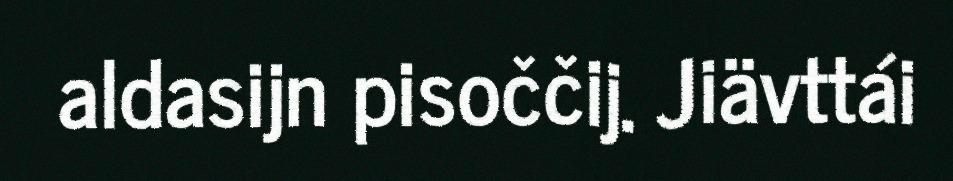
aldasijn pisoččij. Jiävttái